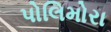
પોલિમોરા